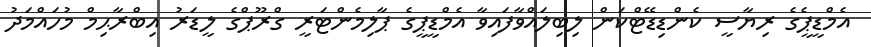
އެމްޑީޕީެގެ ރިޔާސީ ކެންޑިޑޭޓްކަން ލިބިލައްވާފައިވާ އެމްޑީޕީގެ ޕާލިމެންޓަރީ ގްރޫޕްގެ ލީޑަރު އިބްރާޙިމް މުހައްމަދު